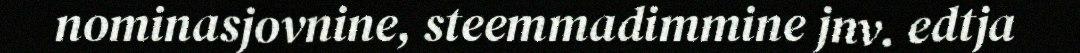
nominasjovnine, steemmadimmine jnv. edtja